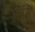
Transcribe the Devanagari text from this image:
फॉउ